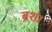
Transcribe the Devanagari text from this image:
ब्रश।